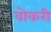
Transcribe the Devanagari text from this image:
वोकरी